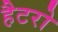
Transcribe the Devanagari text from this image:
हैटरो